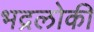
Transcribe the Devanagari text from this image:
भद्रलोकी